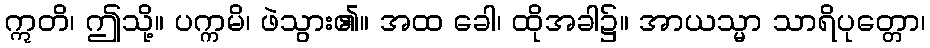
ဣတိ၊ ဤသို့။ ပက္ကမိ၊ ဖဲသွား၏။ အထ ခေါ၊ ထိုအခါ၌။ အာယသ္မာ သာရိပုတ္တော၊